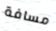
مسافة